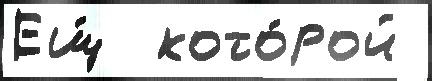
Ещ́  кото́рой